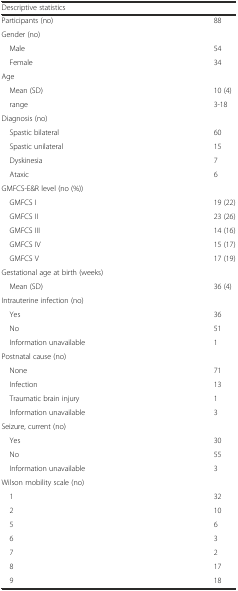
<table><thead><tr><td><b>Descriptive statistics</b></td><td></td></tr></thead><tbody><tr><td>Participants (no)</td><td>88</td></tr><tr><td>Gender (no)</td><td></td></tr><tr><td> Male</td><td>54</td></tr><tr><td> Female</td><td>34</td></tr><tr><td>Age</td><td></td></tr><tr><td> Mean (SD)</td><td>10 (4)</td></tr><tr><td> range</td><td>3-18</td></tr><tr><td>Diagnosis (no)</td><td></td></tr><tr><td> Spastic bilateral</td><td>60</td></tr><tr><td> Spastic unilateral</td><td>15</td></tr><tr><td> Dyskinesia</td><td>7</td></tr><tr><td> Ataxic</td><td>6</td></tr><tr><td>GMFCS-E&amp;R level (no (%))</td><td></td></tr><tr><td> GMFCS I</td><td>19 (22)</td></tr><tr><td> GMFCS II</td><td>23 (26)</td></tr><tr><td> GMFCS III</td><td>14 (16)</td></tr><tr><td> GMFCS IV</td><td>15 (17)</td></tr><tr><td> GMFCS V</td><td>17 (19)</td></tr><tr><td>Gestational age at birth (weeks)</td><td></td></tr><tr><td> Mean (SD)</td><td>36 (4)</td></tr><tr><td>Intrauterine infection (no)</td><td></td></tr><tr><td> Yes</td><td>36</td></tr><tr><td> No</td><td>51</td></tr><tr><td> Information unavailable</td><td>1</td></tr><tr><td>Postnatal cause (no)</td><td></td></tr><tr><td> None</td><td>71</td></tr><tr><td> Infection</td><td>13</td></tr><tr><td> Traumatic brain injury</td><td>1</td></tr><tr><td> Information unavailable</td><td>3</td></tr><tr><td>Seizure, current (no)</td><td></td></tr><tr><td> Yes</td><td>30</td></tr><tr><td> No</td><td>55</td></tr><tr><td> Information unavailable</td><td>3</td></tr><tr><td>Wilson mobility scale (no)</td><td></td></tr><tr><td> 1</td><td>32</td></tr><tr><td> 2</td><td>10</td></tr><tr><td> 5</td><td>6</td></tr><tr><td> 6</td><td>3</td></tr><tr><td> 7</td><td>2</td></tr><tr><td> 8</td><td>17</td></tr><tr><td> 9</td><td>18</td></tr></tbody></table>